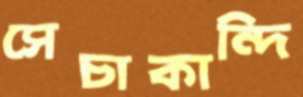
সেচাকান্দি